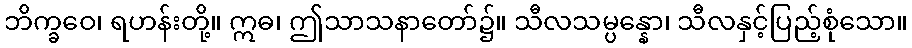
ဘိက္ခဝေ၊ ရဟန်းတို့။ ဣဓ၊ ဤသာသနာတော်၌။ သီလသမ္ပန္နော၊ သီလနှင့်ပြည့်စုံသော။